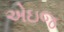
એઇજ